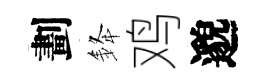
劃𨦟鸡邈